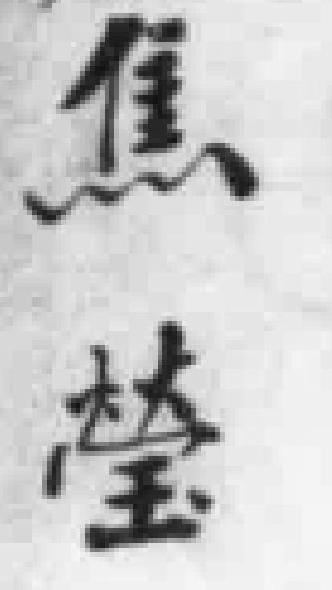
焦瑩